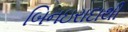
બિનઇરાદાથી